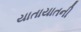
યાતાયાતની